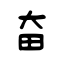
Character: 奋